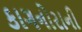
કાગનોરાની